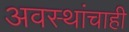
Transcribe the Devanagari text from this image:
अवस्थांचाही